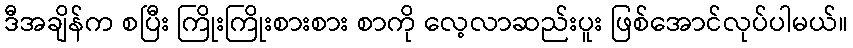
ဒီအချိန်က စပြီး ကြိုးကြိုးစားစား စာကို လေ့လာဆည်းပူး ဖြစ်အောင်လုပ်ပါမယ်။